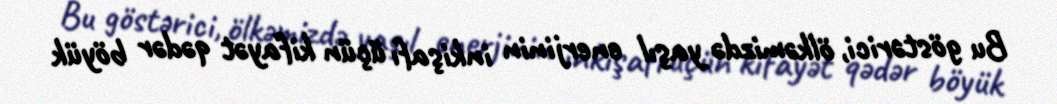
Bu göstərici, ölkəmizdə yaşıl enerjinin inkişafı üçün kifayət qədər böyük